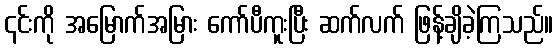
၎င်းကို အမြောက်အမြား ကော်ပီကူးပြီး ဆက်လက် ဖြန့်ချိခဲ့ကြသည်။